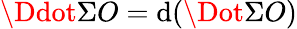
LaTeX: \Ddot{\Sigma}O=\mathrm{d}(\Dot{\Sigma}O)